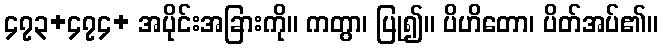
၄၇၃+၄၇၄+ အပိုင်းအခြားကို။ ကတွာ၊ ပြု၍။ ပိဟိတော၊ ပိတ်အပ်၏။